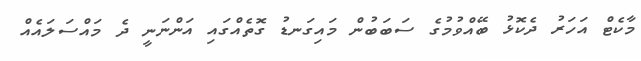
މާކެޓް އަހަރު ދެކޮޅު ބޭއްވުމުގެ ސަބަބުން މައިގަނޑު ގޮތެއްގައި އަންނަނީ ދެ މައްސަލައެއް